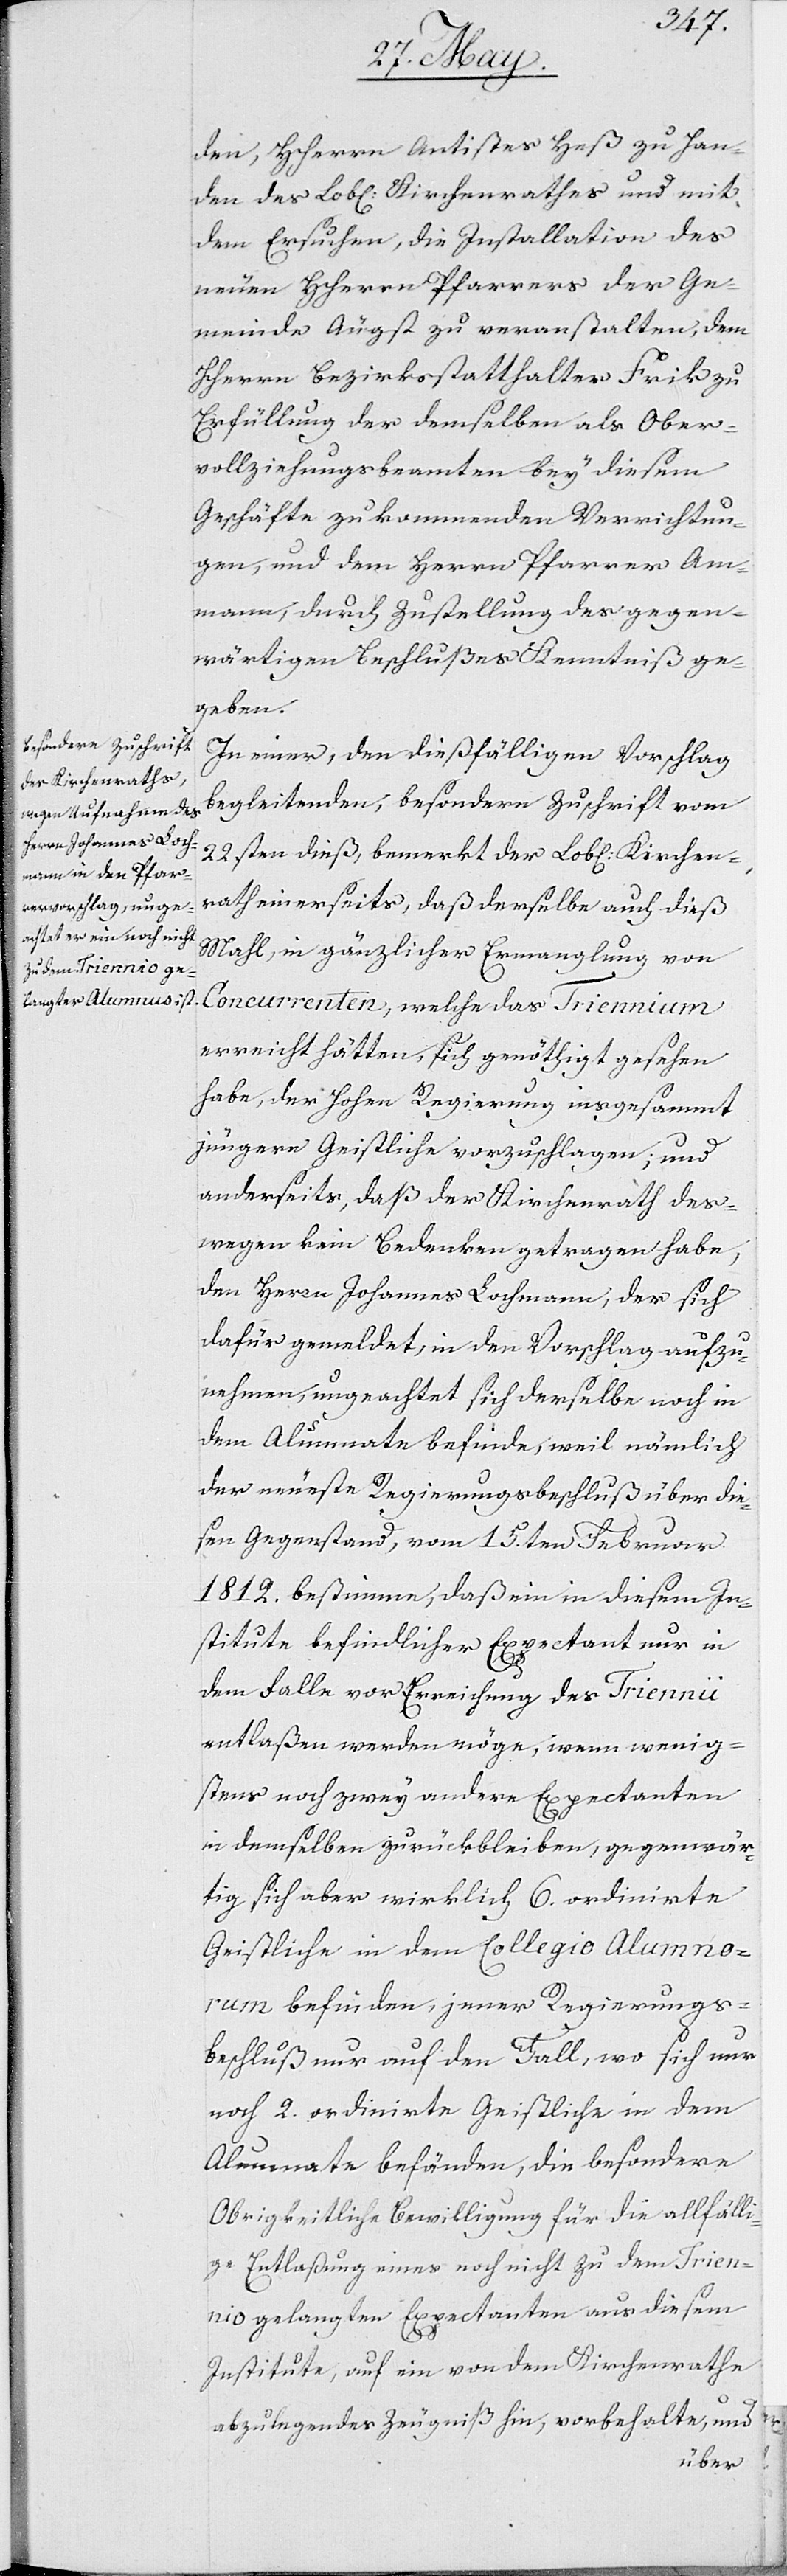
den, HHerrn Antistes Heß zu Han¬
den des Lobl. Kirchenrathes und mit
dem Ersuchen, die Installation des
neuen Herrn Pfarrers der Ge¬
meinde Äugst zu veranstalten, dem
Herrn Bezirksstatthalter Frick zu
Erfüllung der demselben als Ober¬
vollziehungsbeamten bey diesem
Geschäfte zukommenden Verrichtun¬
gen, und dem Herrn Pfarrer Am¬
mann, durch Zustellung des gegen¬
wärtigen Beschlußes Kenntniß ge¬
geben.
In einer, den dießfälligen Vorschlag
begleitenden, besondern Zuschrift vom
22sten dieß, bemerkt der Lobl. Kirchen¬
rath einerseits, daß derselbe auch dieß
Mahl, in gänzlicher Ermanglung von
Concurrenten, welche das Triennium
erreicht hätten, sich genöthigt gesehen
habe, der Hohen Regierung insgesammt
jüngere Geistliche vorzuschlagen; und
anderseits, daß der Kirchenrath des¬
wegen kein Bedenken getragen habe,
den Herrn Johannes Lochmann; der sich
dafür gemeldet, in den Vorschlag aufzu¬
nehmen, ungeachtet sich derselbe noch in
dem Alumnate befinde, weil nämlich
der neueste Regierungsbeschluß über die¬
sen Gegenstand, vom 15ten Februar
1812. bestimme, daß ein in diesem In¬
stitute befindlicher Expectant nur in
dem Falle vor Erreichung des Triennii
entlaßen werden möge, wenn wenig¬
stens noch zwey andere Expectanten
in demselben zurückbleiben, gegenwär¬
tig sich aber wirklich 6. ordinierte
Gesitliche in dem Collegio Alumno¬
rum befinden, jener Regierungs¬
beschluß nur auf den Fall, wo sich nur
noch 2. ordinierte Geistliche in dem
Alumnate befänden, die besondere
Obrigkeitliche Bewilligung für die allfälli¬
ge Entlaßung eines noch nicht zu dem Trien¬
nio gelangten Expectanten aus diesem
Institute, auf ein von dem Kirchenrathe
abzulegendes Zeugniß hin, vorbehalte, und